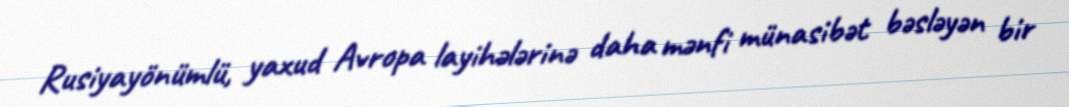
Rusiyayönümlü, yaxud Avropa layihələrinə daha mənfi münasibət bəsləyən bir